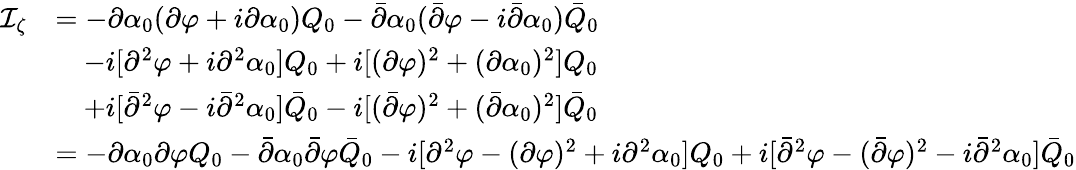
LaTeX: \begin{array}{rl}{\mathcal I_{\zeta}}&{=-\partial\alpha_{0}(\partial\varphi+i\partial\alpha_{0})Q_{0}-\bar{\partial}\alpha_{0}(\bar{\partial}\varphi-i\bar{\partial}\alpha_{0})\bar{Q}_{0}}\\ &{\quad-i[\partial^{2}\varphi+i\partial^{2}\alpha_{0}]Q_{0}+i[(\partial\varphi)^{2}+(\partial\alpha_{0})^{2}]Q_{0}}\\ &{\quad+i[\bar{\partial}^{2}\varphi-i\bar{\partial}^{2}\alpha_{0}]\bar{Q}_{0}-i[(\bar{\partial}\varphi)^{2}+(\bar{\partial}\alpha_{0})^{2}]\bar{Q}_{0}}\\ &{=-\partial\alpha_{0}\partial\varphi Q_{0}-\bar{\partial}\alpha_{0}\bar{\partial}\varphi\bar{Q}_{0}-i[\partial^{2}\varphi-(\partial\varphi)^{2}+i\partial^{2}\alpha_{0}]Q_{0}+i[\bar{\partial}^{2}\varphi-(\bar{\partial}\varphi)^{2}-i\bar{\partial}^{2}\alpha_{0}]\bar{Q}_{0}}\end{array}